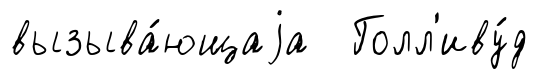
вызыва́ющаjа Голл'иву́д